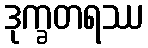
ဒုက္ခတရဿ